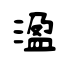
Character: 溋